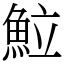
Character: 𩶘